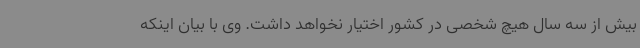
بیش از سه سال هیچ شخصی در کشور اختیار نخواهد داشت. وی با بیان اینکه